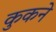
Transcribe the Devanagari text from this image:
कुकने